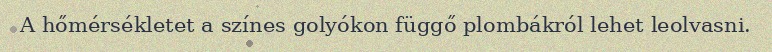
A hőmérsékletet a színes golyókon függő plombákról lehet leolvasni.